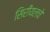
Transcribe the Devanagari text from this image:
सिरीयलचे